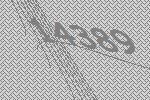
14389